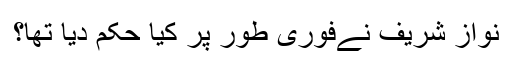
نواز شریف نےفوری طور پر کیا حکم دیا تھا؟